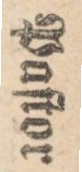
ſterna.